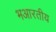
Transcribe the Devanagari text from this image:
भआरतीय